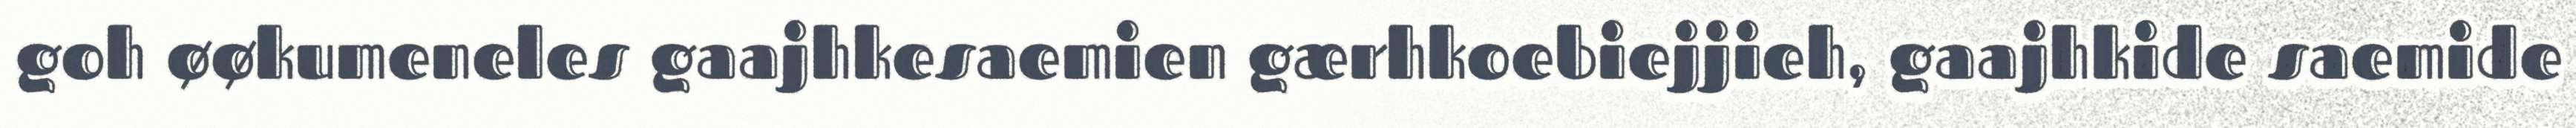
goh øøkumeneles gaajhkesaemien gærhkoebiejjieh, gaajhkide saemide